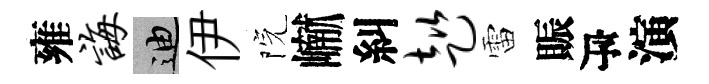
雍诲迪伊院𪩘糾趑雷賑瓴演